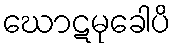
ဃောဋမုခေါပိ